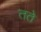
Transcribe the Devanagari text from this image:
तते